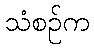
သံစဉ်က